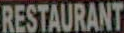
RESTAURANT